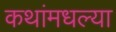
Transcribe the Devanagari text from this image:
कथांमधल्या